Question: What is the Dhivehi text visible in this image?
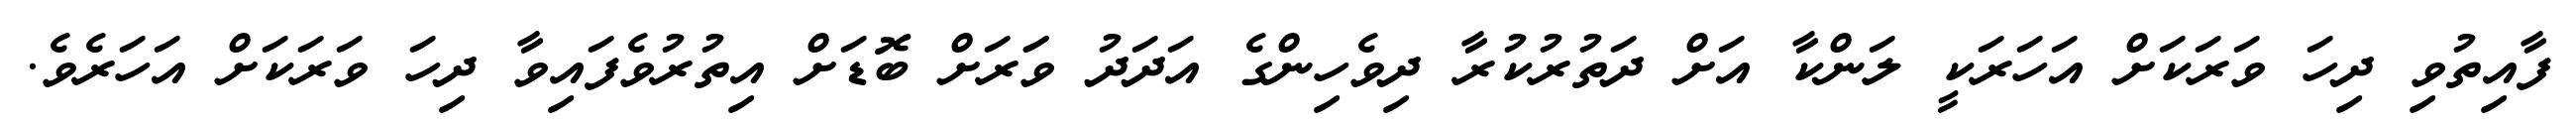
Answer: ފާއިތުވި ދިހަ ވަރަކަށް އަހަރަކީ ލަންކާ އަށް ދަތުރުކުރާ ދިވެހިންގެ އަދަދު ވަަރަށް ބޮޑަށް އިތުރުވެފައިވާ ދިހަ ވަރަކަށް އަހަރެވެ.